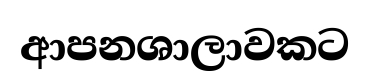
ආපනශාලාවකට